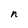
Character: n